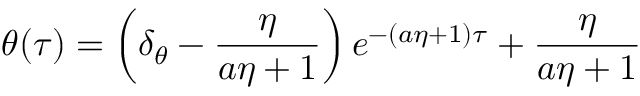
\theta ( \tau ) = \left( \delta _ { \theta } - \frac { \eta } { a \eta + 1 } \right) e ^ { - ( a \eta + 1 ) \tau } + \frac { \eta } { a \eta + 1 }